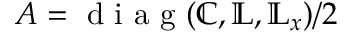
A = \textrm { d i a g } ( \mathbb { C } , \mathbb { L } , \mathbb { L } _ { x } ) / 2